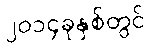
၂၀၁၄ခုနှစ်တွင်